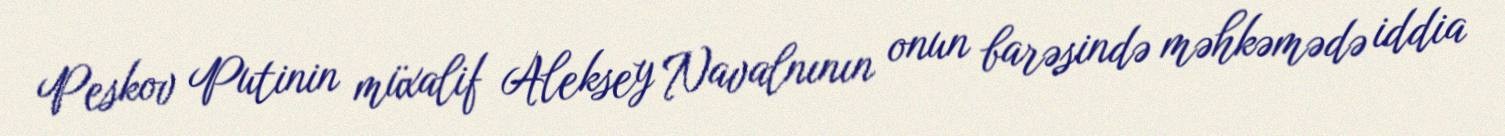
Peskov Putinin müxalif Aleksey Navalnının onun barəsində məhkəmədə iddia